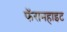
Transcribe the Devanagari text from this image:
फॅरानहाइट